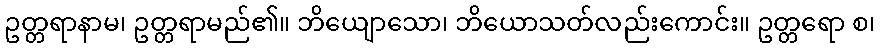
ဥတ္တရာနာမ၊ ဥတ္တရာမည်၏။ ဘိယျောသော၊ ဘိယောသတ်လည်းကောင်း။ ဥတ္တရော စ၊